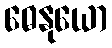
ဓေနုယော